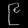
Digit: ၉